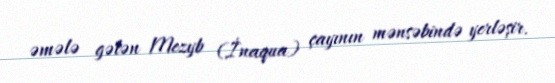
əmələ gələn Mezyb (İnaqua) çayının mənsəbində yerləşir.